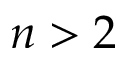
n > 2